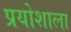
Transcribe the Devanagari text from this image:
प्रयोशाला